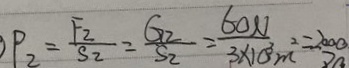
P _ { 2 } = \frac { F _ { 2 } } { S _ { 2 } } = \frac { G _ { 2 } } { S _ { 2 } } = \frac { 6 0 N } { 3 \times 1 0 ^ { 3 } m ^ { 2 } } = 2 0 0 0